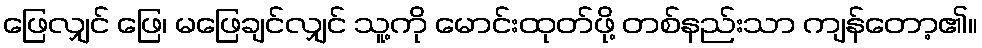
ဖြေလျှင် ဖြေ၊ မဖြေချင်လျှင် သူ့ကို မောင်းထုတ်ဖို့ တစ်နည်းသာ ကျန်တော့၏။